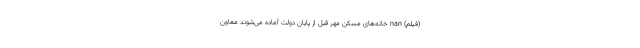
(فیلم) nan خانه‌های مسکن مهر قبل از پایان دولت آماده می‌شوند معاون